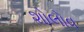
શોલોવ